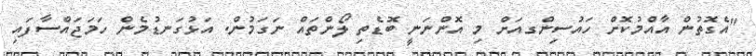
"އެގޮތުން އާއްމުކޮށް ހައުސިންގއަށް މި އޮންނަނީ ބޮޑެތި ލޯންތައް ނަގަމުން. އަޅުގަނޑުމެން ހަމަޖައްސާފައި